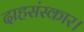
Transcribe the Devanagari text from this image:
दाहसंस्कार।